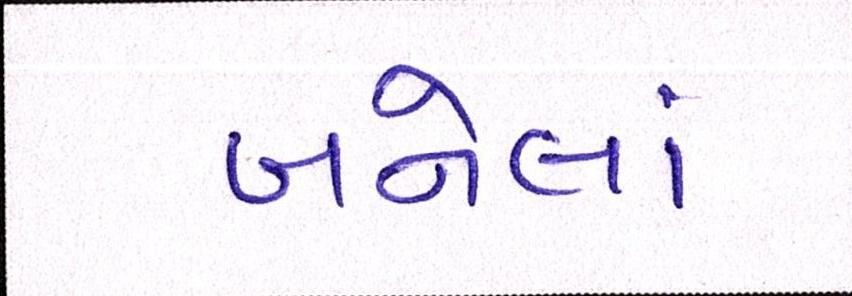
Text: બનેલાં